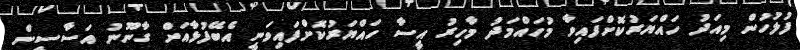
ފުލުހުން މިއަދު ހައްޔަރުކޮށްފައިވާ މުހައްމަދު މާހިރު އީސާ ހައްޔަރުކޮށްފައިވަނީ އެބޭފުޅާއަށް ގާނޫނު އަސާސީން